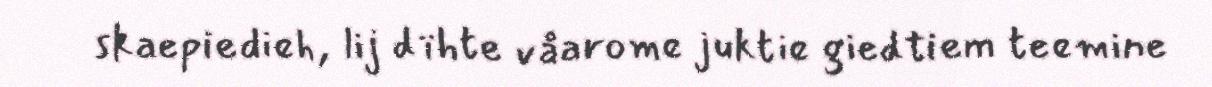
skaepiedieh, lij dïhte våarome juktie giedtiem teemine